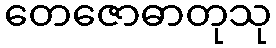
တေဇောဓာတုသု